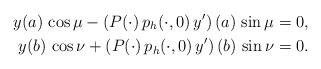
LaTeX: \begin{align*}y(a)\,\cos \mu - (P(\cdot)\,p_h(\cdot,0)\,y^{\prime})\,(a)\, \sin \mu=0, \\y(b)\,\cos \nu + (P(\cdot)\,p_h(\cdot,0)\,y^{\prime})\,(b)\, \sin \nu =0. \end{align*}